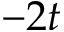
- 2 t